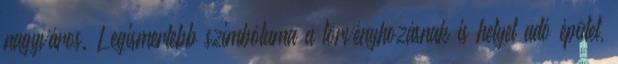
nagyváros. Legismertebb szimbóluma a törvényhozásnak is helyet adó épület,